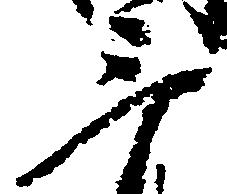
三